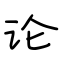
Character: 论